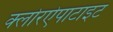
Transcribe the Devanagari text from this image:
क्लोरऐपाटाइट